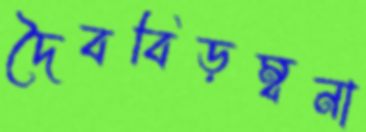
দৈববিড়ম্বনা